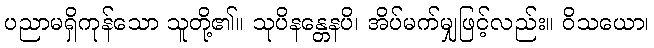
ပညာမရှိကုန်သော သူတို့၏။ သုပိနန္တေနပိ၊ အိပ်မက်မျှဖြင့်လည်း။ ဝိသယော၊